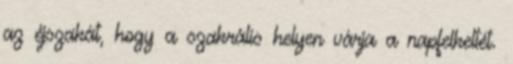
az éjszakát, hogy a szakrális helyen várja a napfelkeltét.